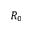
R _ { 0 }